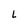
Character: L